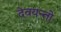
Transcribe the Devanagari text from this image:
देवयन्तो